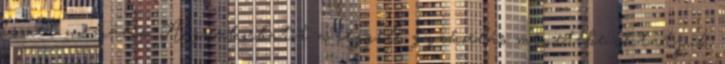
ismét normális. A gyakorlatot a reggeli gyakorlás menetébe iktatjuk